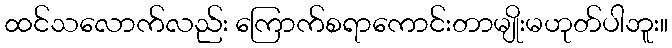
ထင်သလောက်လည်း ကြောက်စရာကောင်းတာမျိုးမဟုတ်ပါဘူး။